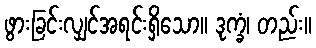
ဖွားခြင်းလျှင်အရင်းရှိသော။ ဒုက္ခံ၊ တည်း။